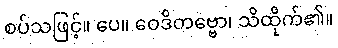
စပ်သဖြင့်။ ပေ။ ဝေဒိတဗ္ဗော၊ သိထိုက်၏။